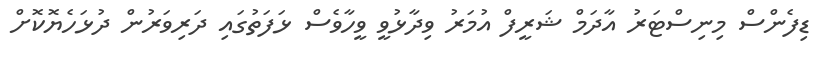
ޑިފެންސް މިނިސްޓަރު އާދަމް ޝަރީފް އުމަރު ވިދާޅުވީ ވީހާވެސް ޅަފަތުގައި ދަރިވަރުން ދުޅަހެޔޮކޮށް